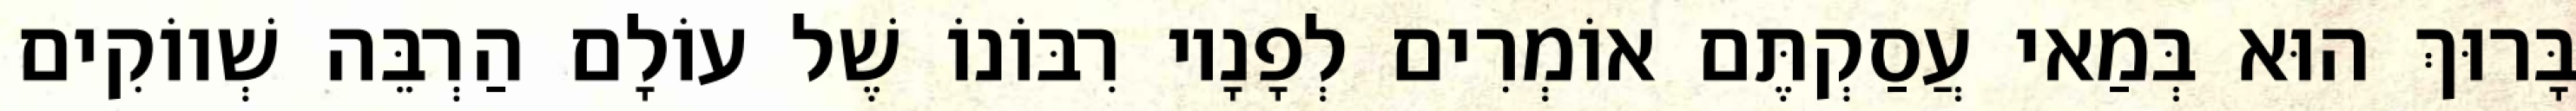
בָּרוּךְ הוּא בְּמַאי עֲסַקְתֶּם אוֹמְרִים לְפָנָיו רִבּוֹנוֹ שֶׁל עוֹלָם הַרְבֵּה שְׁווֹקִים